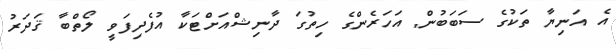
އެ އަނިޔާ ތަކުގެ ސަބަބުން